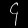
Digit: ၄